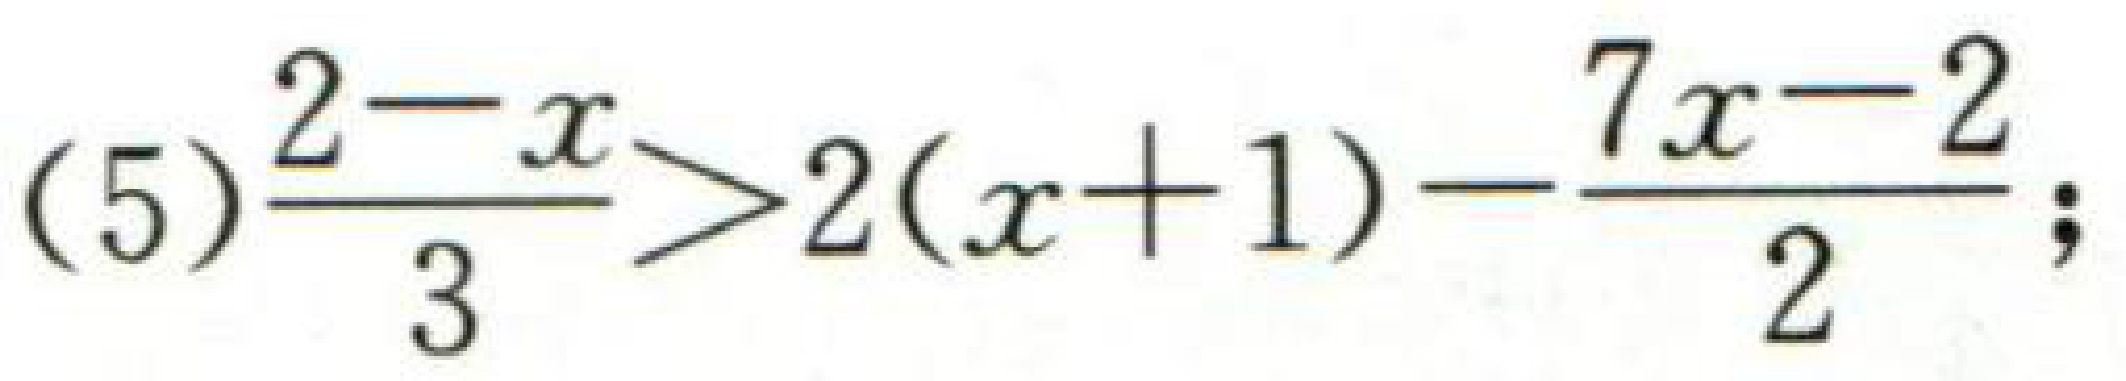
(5)$\frac{2 - x}{3} > 2(x + 1)-\frac{7x - 2}{2}$;